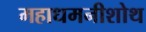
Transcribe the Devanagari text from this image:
महाधमनीशोथ